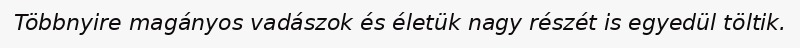
Többnyire magányos vadászok és életük nagy részét is egyedül töltik.